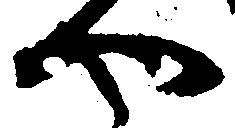
や